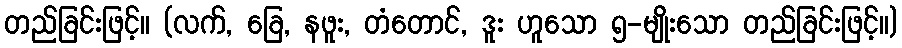
တည်ခြင်းဖြင့်။ (လက်, ခြေ, နဖူး, တံတောင်, ဒူး ဟူသော ၅-မျိုးသော တည်ခြင်းဖြင့်။)